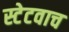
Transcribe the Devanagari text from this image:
स्टेटवाच